Annual administration report of the Civil Veterinary Department of India - 1909-1910
Year: 1909
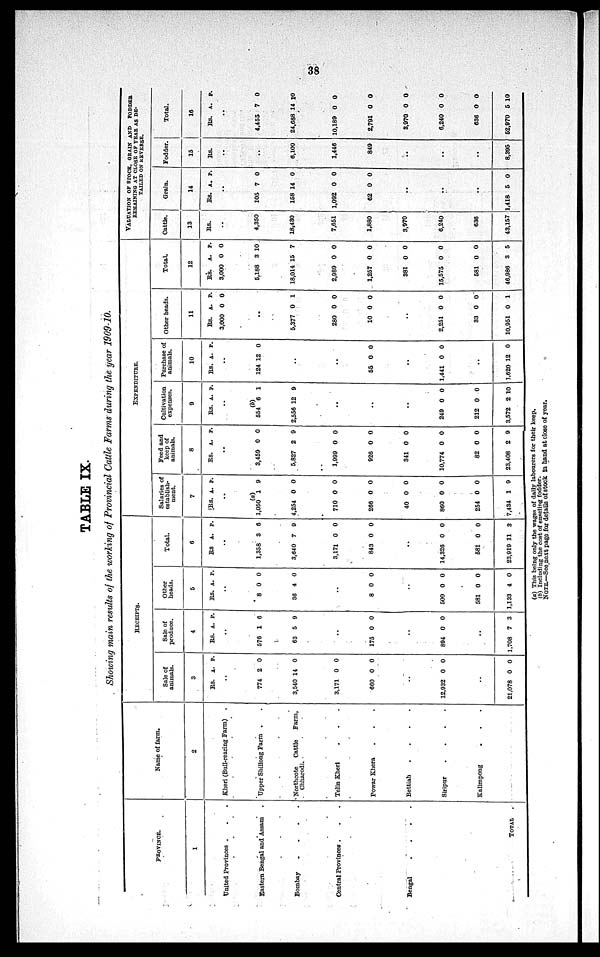
38
TABLE IX.
Showing main results of the working of Provincial Cattle Farms during the year 1909-10.
PROVINCE.
1
United Provinces . . .
Eastern Bengal and Assam .
Bombay
.
.
.
.
Central Provinces . . .
Bengal
.
.
.
.
TOTAL
.
Name of farm.
2
Kheri (Bull-rearing Farm)
.
Upper Shillong Farm . .
Northcote
Cattle
Farm,
Chharodi.
Telin Kheri . . .
Powar Khera . . .
Bettiah
.
.
.
.
Siripur
.
.
.
.
Kalimpong . . . .
RECEIPTS.
Sale of
animals.
3
Rs.
..
774
3,540
3,171
660
..
12,932
..
21,078
A.
2
14
0
0
0
0
P.
0
0
0
0
0
0
Sale of
produce.
4
Rs.
..
576
63
..
175
..
894
..
1,708
A.
1
5
0
0
7
P.
6
9
0
0
3
Other
heads.
5
Rs.
..
8
36
..
8
..
500
581
1,133
A.
0
4
0
0
0
4
P.
0
0
0
0
0
0
Total.
6
Rs.
..
1,358
3,640
3,171
843
..
14,326
581
23,919
A.
3
7
0
0
0
0
11
P.
6
9
0
0
0
0
3
EXPENDITURE.
Salaries of
establish-
ment.
7
Rs.
..
(a)
1,050
4,254
710
266
40
860
254
7,434
A.
1
0
0
0
0
0
0
1
P.
9
0
0
0
0
0
0
9
Feed and
keep of
animals.
8
Rs.
..
3,459
5,827
1,999
926
341
10,774
82
23,408
A.
0
2
0
0
0
0
0
2
P.
0
9
0
0
0
0
0
9
Cultivation
expenses.
9
Rs.
..
(b)
554
2,556
..
..
..
249
212
3,572
A
6
12
0
0
2
P.
1
9
0
0
10
Purchase of
animals.
10
Rs.
..
124
..
..
55
..
1,441
..
1,620
A.
12
0
0
12
P.
0
0
0
0
Other heads.
11
Rs.
3,000
..
5,377
280
10
..
2,251
33
10,951
A.
0
0
0
0
0
0
0
P.
0
1
0
0
0
0
1
Total.
12
Rs.
3,000
5,188
18,014
2,989
1,257
381
15,575
581
46,986
A.
0
3
15
0
0
0
0
0
3
P.
0
10
7
0
0
0
0
0
5
VALUATION
OF
STOCK, GRAIN AND FODDER
REMAINING AT CLOSE OF YEAR AS DE-
------
ON
REVERSE.
Cattle.
13
Rs.
..
4,350
18,430
7,651
1,880
3,970
6,240
636
43,157
Grain.
14
Rs.
..
105
158
1,092
62
..
..
..
1,418
A.
7
14
0
0
5
P.
0
0
0
0
0
Fodder.
15
Rs.
..
..
6,100
1,446
849
..
..
..
8,395 J
Total.
16
Rs.
..
4,455
24,688
10,189
2,791
3,970
6,240
636
52,970
A.
7
14
0
0
0
0
0
5
P.
0
10
0
0
0
0
0
10
(a) This being only the wages of daily labourers for their keep.
(b) Including the cost of enseling fodder.
NOTE.—See next page for details of stock in hand at close of year.